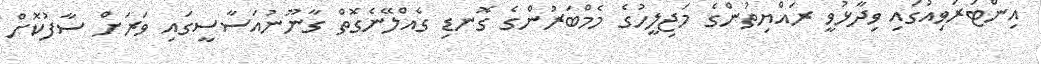
އިންޓަރަވިއުގައި ވިދާޅުވީ ރައްޔިތުންގެ މަޖިލީހުގެ މެމްބަރުންގެ ގޮނޑި ގެއްލޭނެގޮތް ގާނޫނުއަސާސީގައި ވަރަށް ސާފުކޮށް